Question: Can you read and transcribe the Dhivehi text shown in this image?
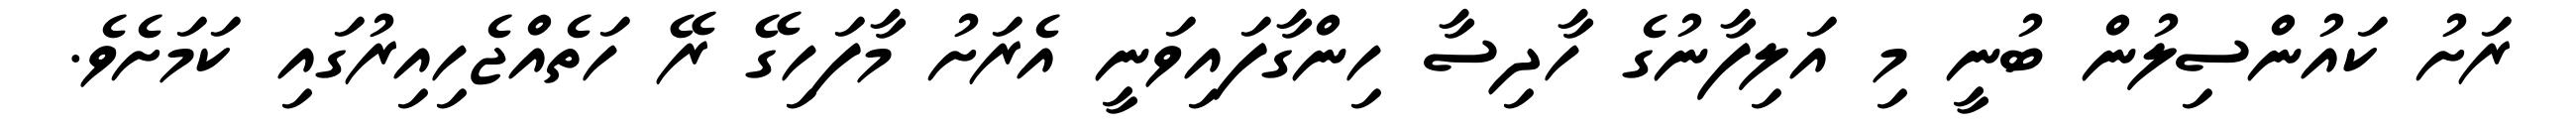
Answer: ރަށު ކައުންސިލުން ބުނީ މި އަލިފާނުގެ ހާދިސާ ހިންގާފައިވަނީ އެރަށު މާފަހިގޭ ރޭ ހަތެއްޖެހިއިރުގައި ކަމަށެވެ.